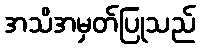
အသိအမှတ်ပြုသည်